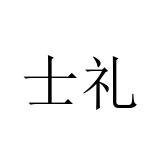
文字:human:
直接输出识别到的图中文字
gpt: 士礼